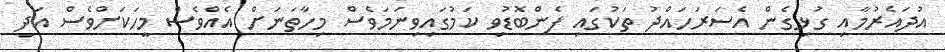
އުދައެރުމާއި ގުޅިގެން އެސަރަހައްދު ތަކުގައި ފެންބޮޑުވި ކަމުގައިވިނަމަވެސް މިހާތަނަށް އެއްވެސް މީހަކަށްވެސް އަދި